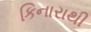
કિનારાથી